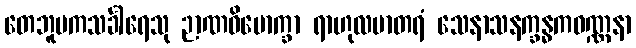
တေဘူမကသင်္ခါရေသု ဉာဏဝိမောက္ခာ ရာဟုလမာတရံ သေနာသနက္ခန္ဓကဝဏ္ဏနာ